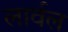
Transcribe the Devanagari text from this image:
लार्वल